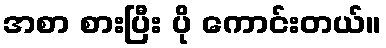
အစာ စားပြီး ပို ကောင်းတယ်။